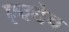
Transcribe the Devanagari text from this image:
एवधेच